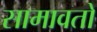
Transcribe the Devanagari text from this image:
सामावतो